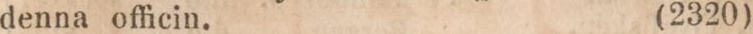
denna officin.    (2320)